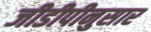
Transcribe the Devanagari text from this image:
जीडीपीनुसार